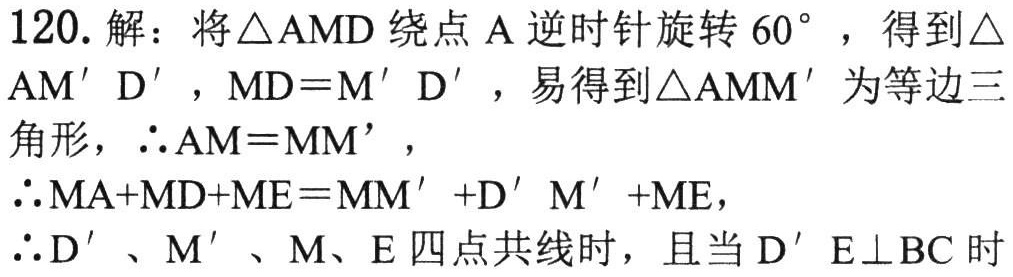
120. 解：将\(\triangle AMD\)绕点\(A\)逆时针旋转\(60^{\circ}\)，得到\(\triangle\)
\(AM'D'\)，\(MD = M'D'\)，易得到\(\triangle AMM'\)为等边三
角形，\(\therefore AM = MM'\)，
\(\therefore MA + MD+ME = MM'+D'M'+ME\)，
\(\therefore D'\)、\(M'\)、\(M\)、\(E\)四点共线时，且当\(D'E\perp BC\)时